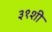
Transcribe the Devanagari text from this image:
३१शी